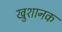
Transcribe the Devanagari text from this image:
खुशानक